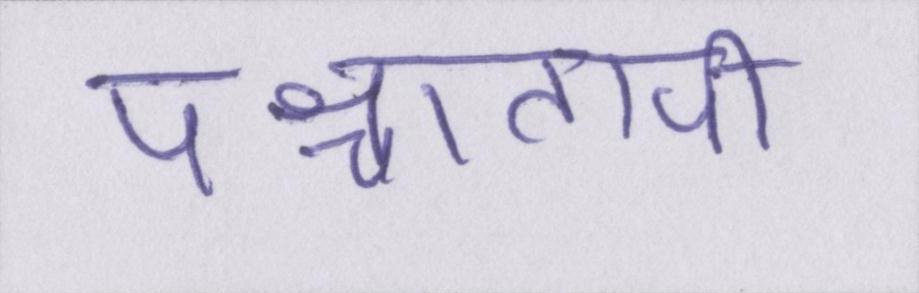
पश्चातापी